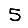
Digit: 5